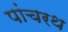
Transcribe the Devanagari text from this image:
पांचरथ